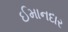
ઈમાનદાર